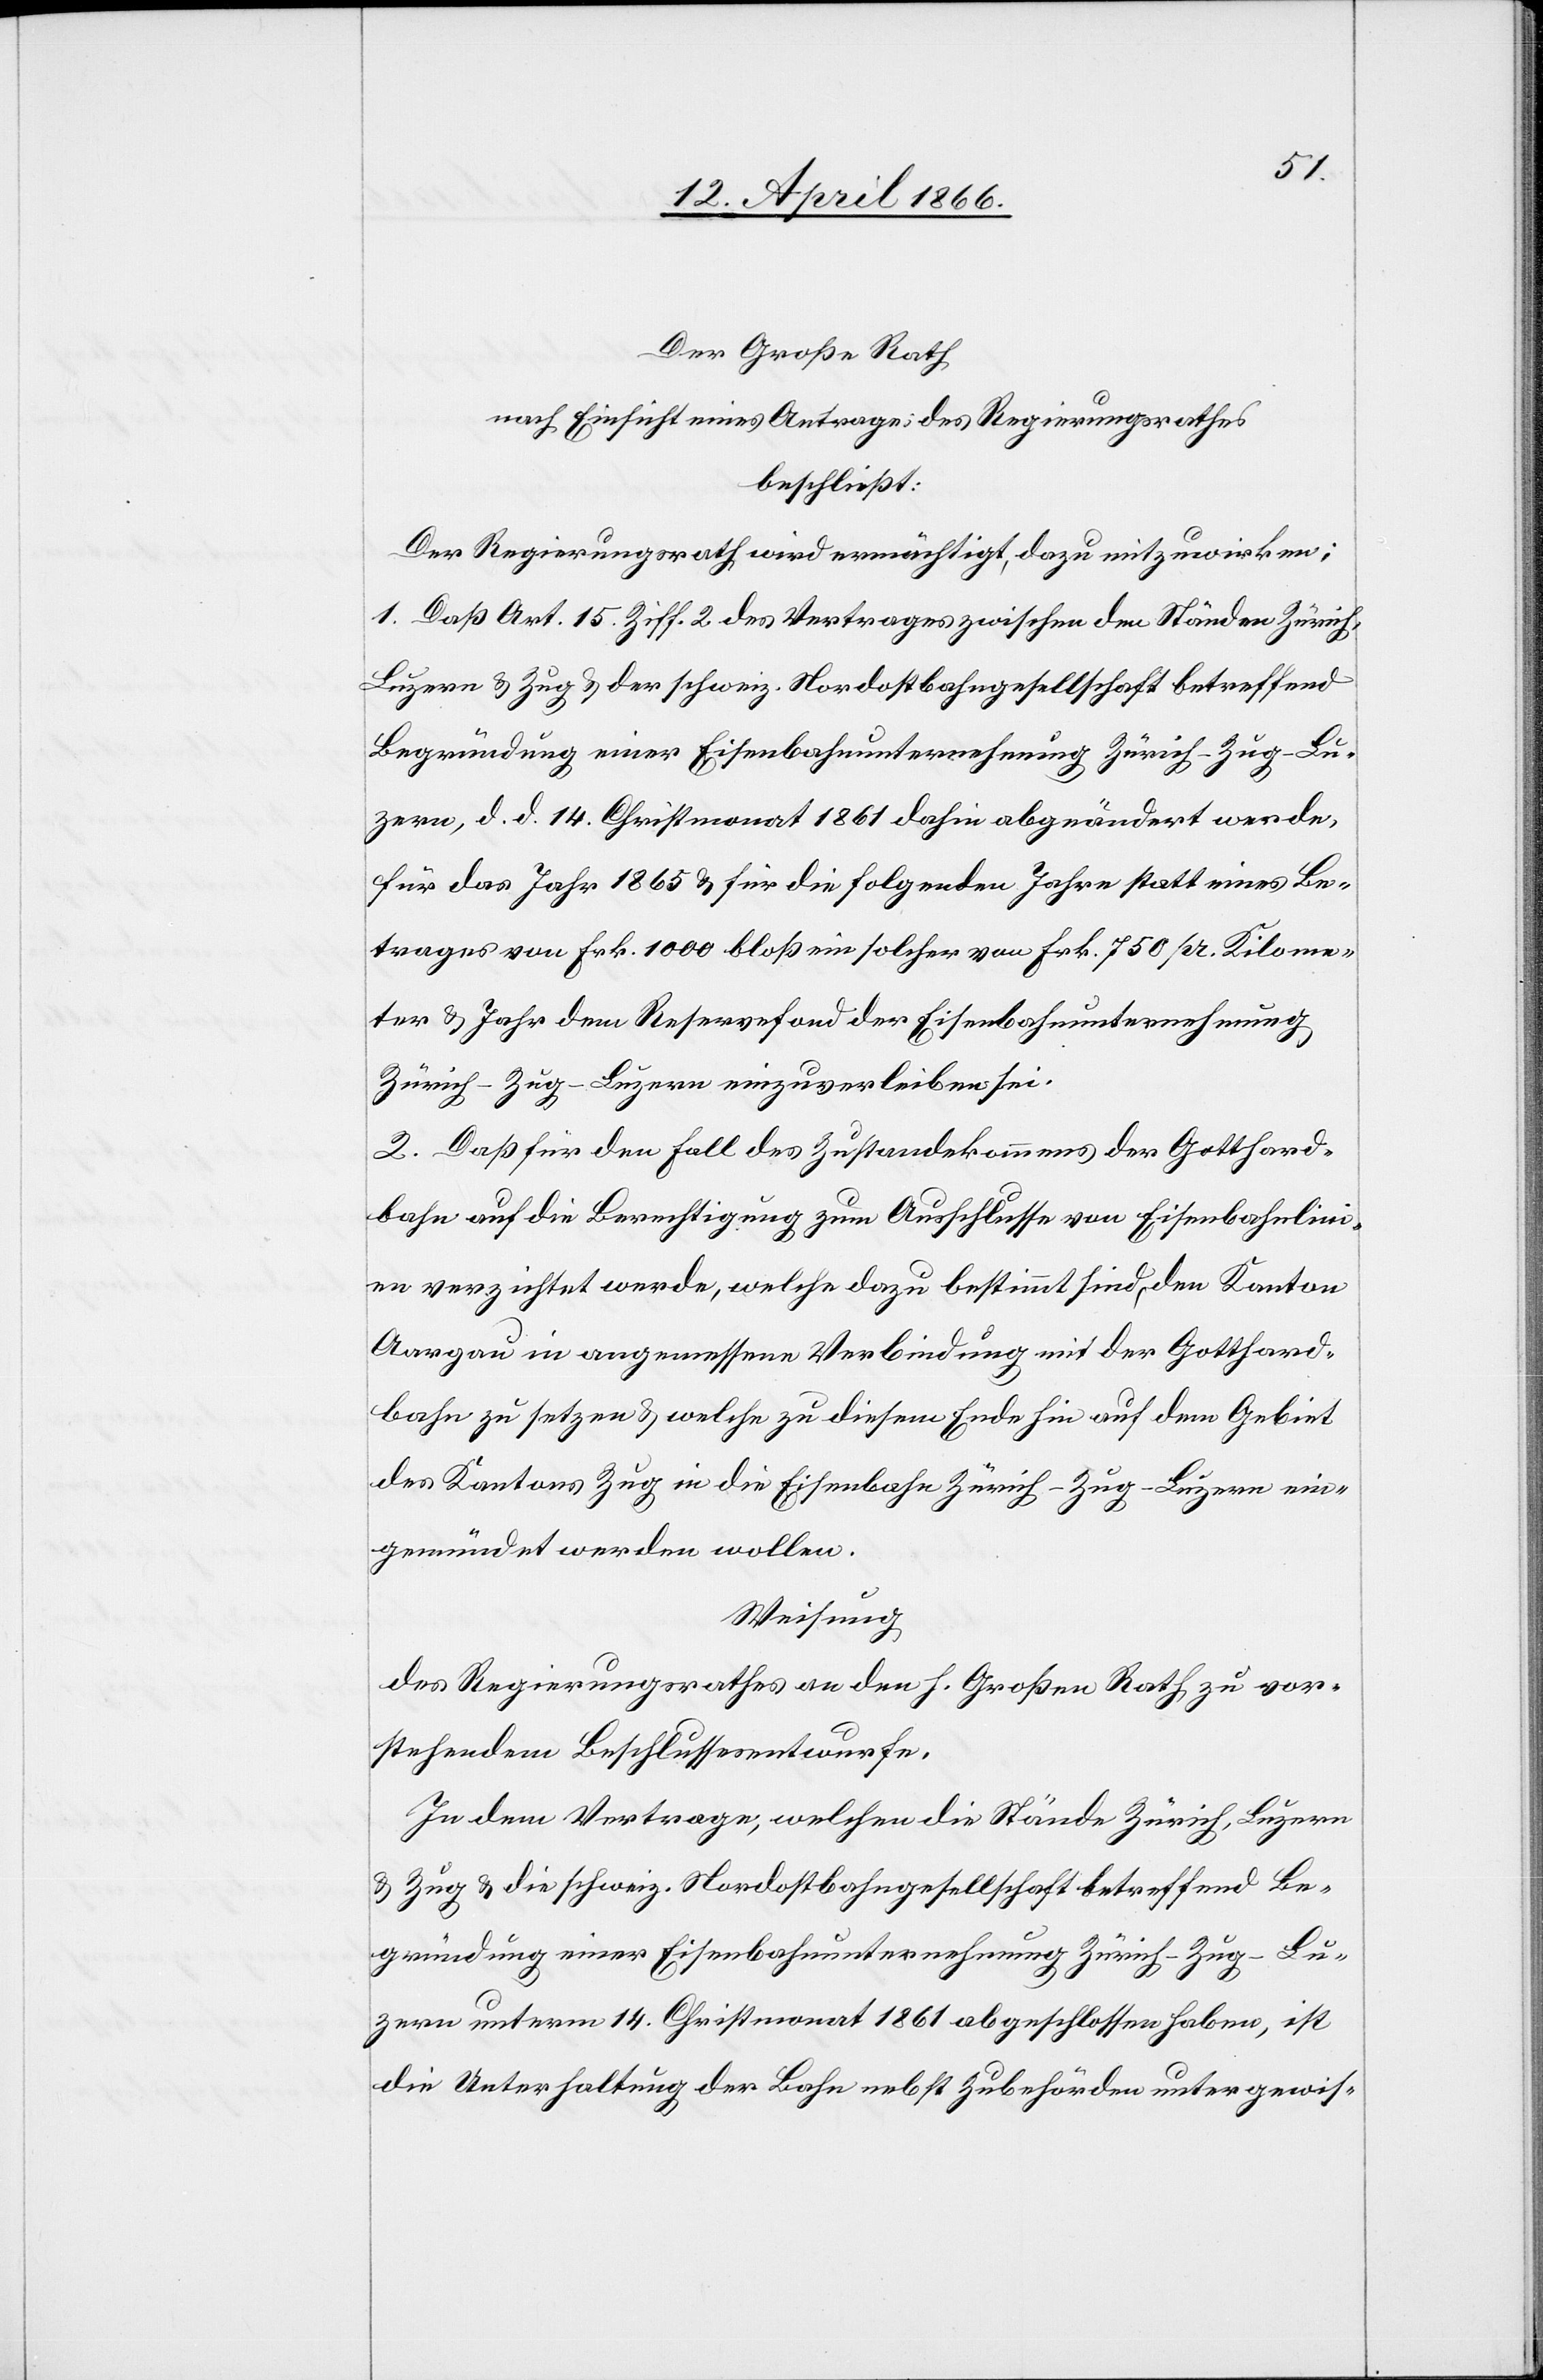
Der Große Rath
nach Einsicht eines Antrages des Regierungsrathes
beschließt:
Der Regierungsrath wird ermächtigt, dazu mitzuwirken:
1. Daß Art. 15 Ziff. 2 des Vertrages zwischen den Ständen Zürich,
Luzern u. Zug u. der schweiz. Nordostbahngesellschaft betreffend
Begründung einer Eisenbahnunternehmung Zürich–Zug–Lu¬
zern, d. d. 14. Christmonat 1861 dahin abgeändert werde,
für das Jahr 1865 u. für die folgenden Jahre statt eines Be¬
trages von Frk. 1000 bloß ein solcher von Frk. 750 pr. Kilome¬
ter u. Jahr dem Reservefond der Eisenbahnunternehmung
Zürich–Zug–Luzern einzuverleiben sei.
2. Daß für den Fall des Zustandekommens der Gotthard¬
bahn auf die Berechtigung zum Ausschlusse von Eisenbahnlini¬
en verzichtet werde, welche dazu bestimmt sind, den Kanton
Aargau in angemessene Verbindung mit der Gotthard¬
bahn zu setzen u. welche zu diesem Ende hin auf dem Gebiet
des Kantons Zug in die Eisenbahn Zürich–Zug–Luzern ein¬
gemündet werden wollen.
Weisung
des Regierungsrathes an den h. Großen Rath zu vor¬
stehendem Beschlussesentwurfe.
In dem Vertrage, welchen die Stände Zürich, Luzern
u. Zug u. die schweiz. Nordostbahngesellschaft betreffend Be¬
gründung einer Eisenbahnunternehmung Zürich–Zug–Lu¬
zern unterm 14. Christmonat 1861 abgeschlossen haben, ist
die Unterhaltung der Bahn nebst Zubehörden unter gewis-